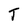
Character: T